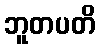
ဘူတပတိ